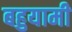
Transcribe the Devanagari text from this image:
बहुयामी